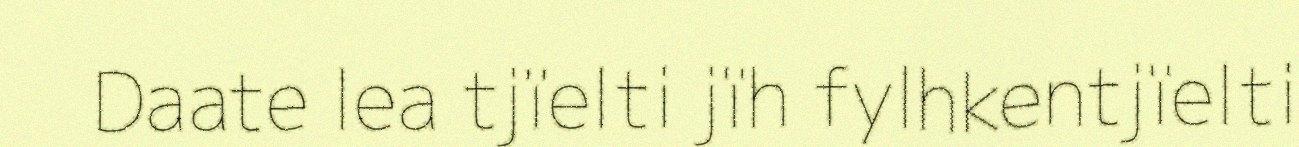
Daate lea tjïelti jïh fylhkentjïelti